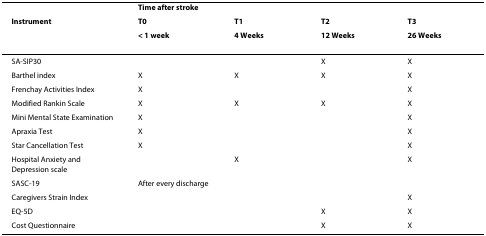
<table><thead><tr><td></td><td colspan="4"><b>Time after stroke</b></td></tr><tr><td><b>Instrument</b></td><td><b>T0</b></td><td><b>T1</b></td><td><b>T2</b></td><td><b>T3</b></td></tr><tr><td></td><td><b>&lt; 1 week</b></td><td><b>4 Weeks</b></td><td><b>12 Weeks</b></td><td><b>26 Weeks</b></td></tr></thead><tbody><tr><td>SA-SIP30</td><td></td><td></td><td>X</td><td>X</td></tr><tr><td>Barthel index</td><td>X</td><td>X</td><td>X</td><td>X</td></tr><tr><td>Frenchay Activities Index</td><td>X</td><td></td><td></td><td>X</td></tr><tr><td>Modified Rankin Scale</td><td>X</td><td>X</td><td>X</td><td>X</td></tr><tr><td>Mini Mental State Examination</td><td>X</td><td></td><td></td><td>X</td></tr><tr><td>Apraxia Test</td><td>X</td><td></td><td></td><td>X</td></tr><tr><td>Star Cancellation Test</td><td>X</td><td></td><td></td><td>X</td></tr><tr><td>Hospital Anxiety and Depression scale</td><td></td><td>X</td><td></td><td>X</td></tr><tr><td>SASC-19</td><td colspan="4">After every discharge</td></tr><tr><td>Caregivers Strain Index</td><td></td><td></td><td></td><td>X</td></tr><tr><td>EQ-5D</td><td></td><td></td><td>X</td><td>X</td></tr><tr><td>Cost Questionnaire</td><td></td><td></td><td>X</td><td>X</td></tr></tbody></table>